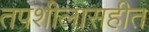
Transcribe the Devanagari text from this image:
तपशीलासहीत